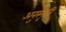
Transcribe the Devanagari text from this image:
अनुस्मृत्ति